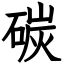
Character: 碳